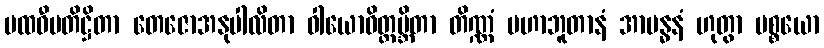
ပထဝီပတိဋ္ဌိတာ တေဇောအနုပါလိတာ ဝါယောဝိတ္ထမ္ဘိတာ တိဏ္ဏံ မဟာဘူတာနံ အာဗန္ဓနံ ဟုတွာ ပစ္စယော